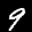
Label: 9